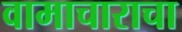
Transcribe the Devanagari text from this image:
वामाचाराचा